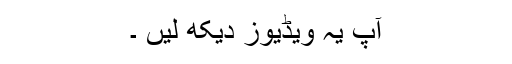
آپ یہ ویڈیوز دیکھ لیں ۔